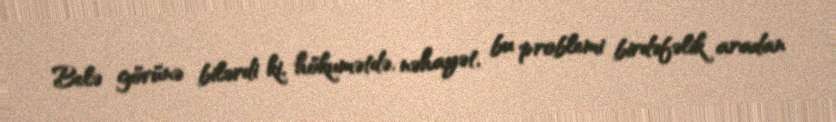
Belə görünə bilərdi ki, hökumətdə, nəhayət, bu problemi birdəfəlik aradan